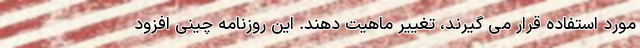
مورد استفاده قرار می گیرند، تغییر ماهیت دهند. این روزنامه چینی افزود